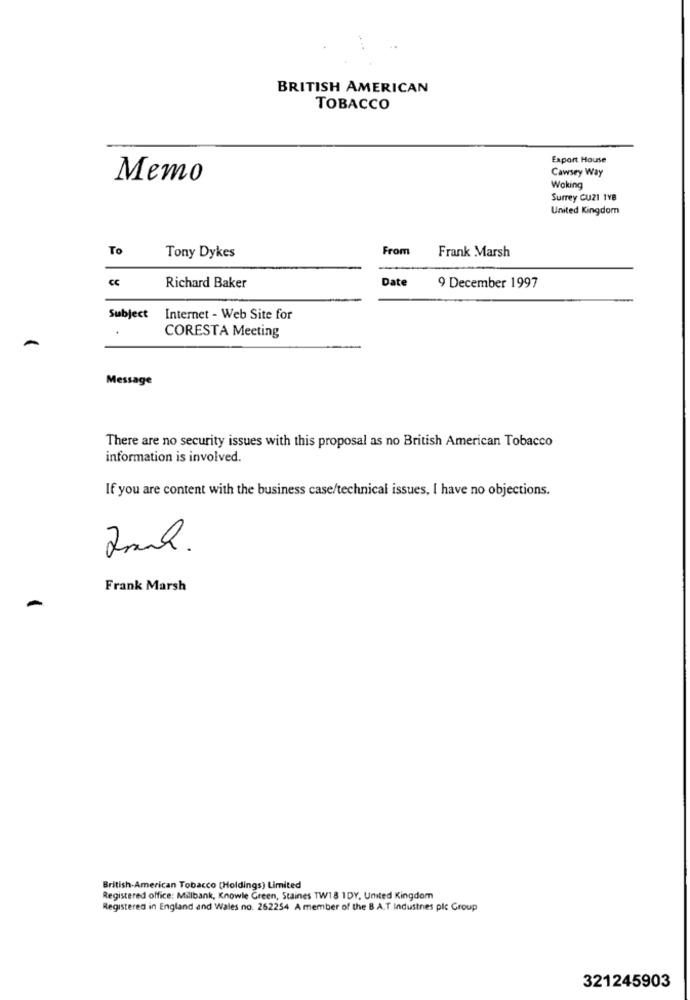
BRITISH AMERICAN
TOBACCO
Export House
Cawsey Way
Memo
Woking
Surrey CU21 1YB
United Kingdom
To
From
Tony Dykes
Frank Marsh
CC
Date
Richard Baker
9 December 1997
Subject
Internet - Web Site for
CORESTA Meeting
Message
There are no security issues with this proposal as no British American Tobacco
information is involved.
If you are content with the business case/technical issues, I have no objections.
20ml.
Frank Marsh
British-American Tobacco (Holdings) Limited
Registered office: Millbank, Knowle Green, Staines TW18 1DY, United Kingdom
Registered in England and Wales no. 262254 A member of the B A.T Industries plc Group
321245903